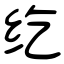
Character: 纥